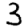
Digit: 3